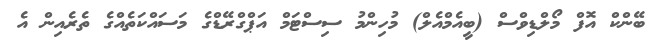
ބޭންކް އޮފް މޯލްޑިވްސް (ބީއެމްއެލް) މުހިންމު ސިސްޓަމް އަޕްގްރޭޑްގެ މަސައްކަތެއްގެ ތެރެއިން އެ